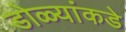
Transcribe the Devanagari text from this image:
डोळ्यांकडे